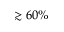
\gtrsim 6 0 \%